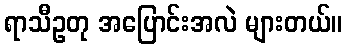
ရာသီဥတု အပြောင်းအလဲ များတယ်။